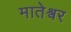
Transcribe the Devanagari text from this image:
मातेश्वर